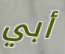
أبي